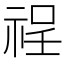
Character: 䄇